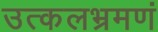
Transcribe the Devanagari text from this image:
उत्कलभ्रमणं